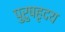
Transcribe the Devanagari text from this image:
पुरुषहृदय